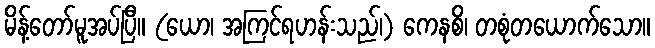
မိန့်တော်မူအပ်ပြီ။ (ယော၊ အကြင်ရဟန်းသည်၊) ကေနစိ၊ တစုံတယောက်သော။